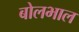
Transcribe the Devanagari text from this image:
बोलभाल